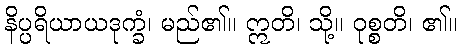
နိပ္ပရိယာယဒုက္ခံ၊ မည်၏။ ဣတိ၊ သို့။ ဝုစ္စတိ၊ ၏။